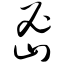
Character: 密